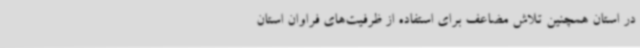
در استان همچنین تلاش مضاعف برای استفاده از ظرفیت‌های فراوان استان